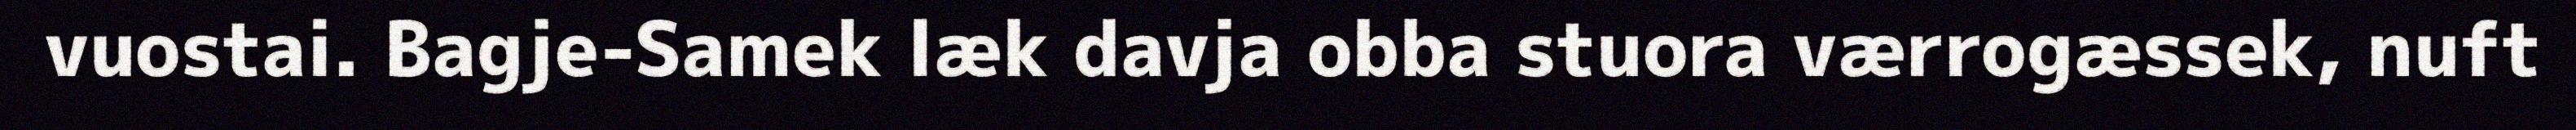
vuostai. Bagje-Samek læk davja obba stuora værrogæssek, nuft